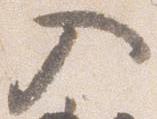
入